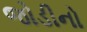
જોડીનો